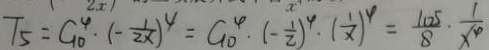
T _ { 5 } = C _ { 1 0 } ^ { 4 } \cdot ( - \frac { 1 } { 2 x } ) ^ { 4 } = C _ { 1 0 } ^ { 4 } \cdot ( - \frac { 1 } { 2 } ) ^ { 4 } \cdot ( \frac { 1 } { x } ) ^ { 4 } = \frac { 1 0 5 } { 8 } \cdot \frac { 1 } { x ^ { 4 } }